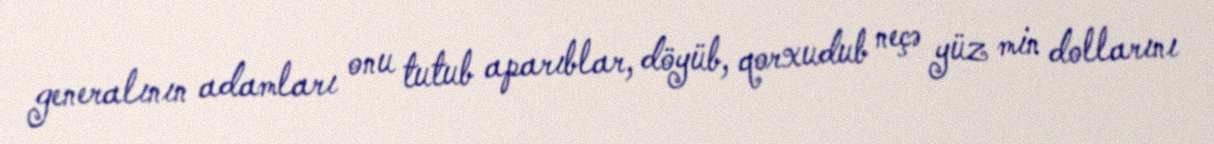
generalının adamları onu tutub aparıblar, döyüb, qorxudub neçə yüz min dollarını